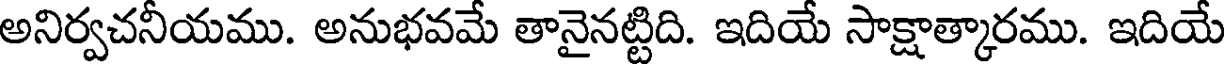
అనిర్వచనీయము. అనుభవమే తానైనట్టిది. ఇదియే సాక్షాత్కారము. ఇదియే